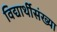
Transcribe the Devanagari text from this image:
विद्यार्थीसंख्या